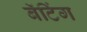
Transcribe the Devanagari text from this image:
बॅटिंग